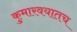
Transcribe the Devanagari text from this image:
कुमारवयातच